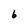
Character: 6